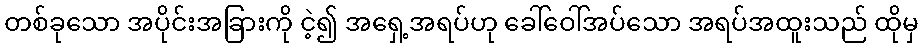
တစ်ခုသော အပိုင်းအခြားကို ငဲ့၍ အရှေ့အရပ်ဟု ခေါ်ဝေါ်အပ်သော အရပ်အထူးသည် ထိုမှ